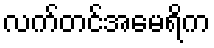
လက်တင်အမေရိက